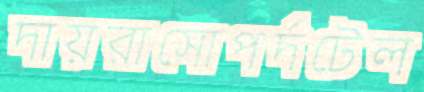
দায়রাসোপর্দটেল